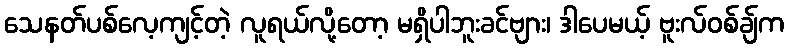
သေနတ်ပစ်လေ့ကျင့်တဲ့ လူရယ်လို့တော့ မရှိပါဘူးခင်ဗျား၊ ဒါပေမယ့် ဗူးလ်ဝစ်ချ်က